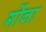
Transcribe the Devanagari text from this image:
गोंना